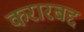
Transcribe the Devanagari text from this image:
करारबद्द